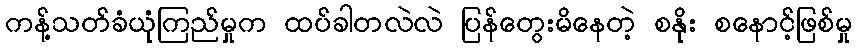
ကန့်သတ်ခံယုံကြည်မှုက ထပ်ခါတလဲလဲ ပြန်တွေးမိနေတဲ့ စနိုး စနောင့်ဖြစ်မှု